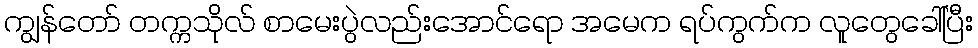
ကျွန်တော် တက္ကသိုလ် စာမေးပွဲလည်းအောင်ရော အမေက ရပ်ကွက်က လူတွေခေါ်ပြီး